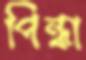
পিন্ধা